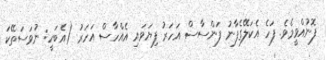
ފޮނުއްވީމެވެ. ފަހެ އެކަލޭގެފާނު ފަންސާސް އަހަރު ފިޔަވައި އެއްހާސް އަހަރު (އެބަހީ: ނުވަސަތޭކަ